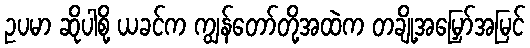
ဥပမာ ဆိုပါစို့ ယခင်က ကျွန်တော်တို့အထဲက တချို့အမြှော်အမြင်